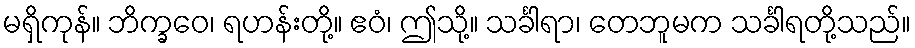
မရှိကုန်။ ဘိက္ခဝေ၊ ရဟန်းတို့။ ဧဝံ၊ ဤသို့။ သင်္ခါရာ၊ တေဘူမက သင်္ခါရတို့သည်။